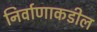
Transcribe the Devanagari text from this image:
निर्वाणाकडील